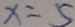
x = 5